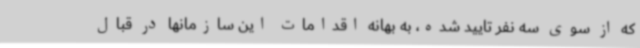
که از سوی سه نفر تایید شده، به بهانه اقدامات این سازمانها در قبال